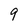
Character: 9